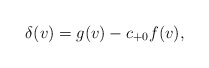
\begin{align*} \delta(v)=g(v)-c_{+0}f(v),\end{align*}